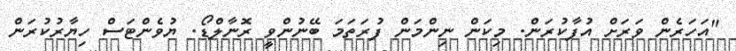
"އަހަރެން ވަރަށް އުފާކުރަން. މިކަން ނިންމަން ފުރަތަމަ ބޭނުންވީ ރޮނާލްޑޯ. ޔުވެންޓަސް ހިޔާރުކުރަން